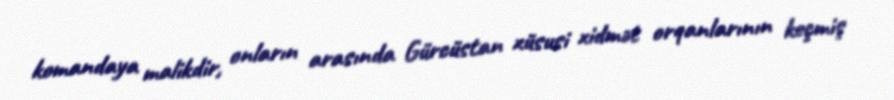
komandaya malikdir, onların arasında Gürcüstan xüsusi xidmət orqanlarının keçmiş